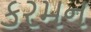
કરમન